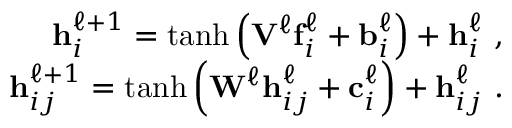
\begin{array} { r } { \mathbf h _ { i } ^ { \ell + 1 } = \operatorname { t a n h } \left( \mathbf V ^ { \ell } \mathbf f _ { i } ^ { \ell } + \mathbf b _ { i } ^ { \ell } \right) + \mathbf h _ { i } ^ { \ell } \ , } \\ { \mathbf h _ { i j } ^ { \ell + 1 } = \operatorname { t a n h } \left( \mathbf W ^ { \ell } \mathbf h _ { i j } ^ { \ell } + \mathbf c _ { i } ^ { \ell } \right) + \mathbf h _ { i j } ^ { \ell } \ . } \end{array}